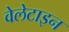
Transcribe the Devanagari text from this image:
वेलेटाइन